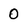
Character: 0